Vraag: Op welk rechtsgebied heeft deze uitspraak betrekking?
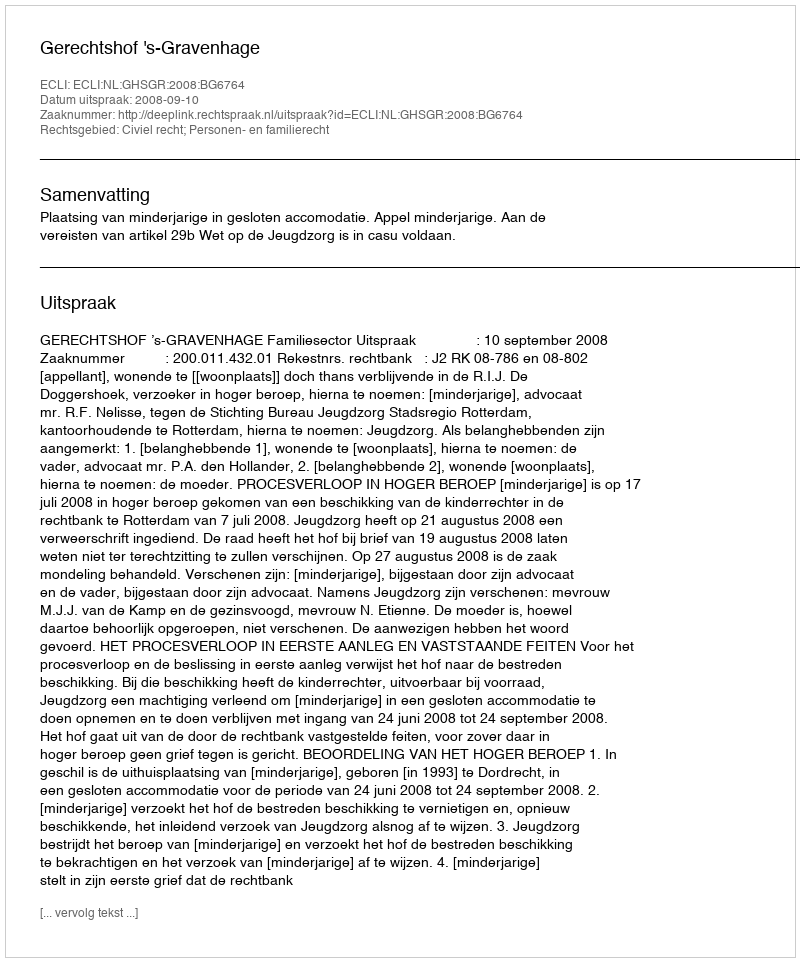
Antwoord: Civiel recht; Personen- en familierecht